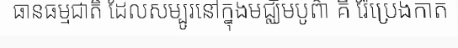
ធានធម្មជាតិ ដែលសម្បូរនៅក្នុងមជ្ឈិមបូព៌ា គឺ រ៉ែប្រេងកាត